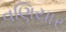
વણિયાર